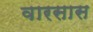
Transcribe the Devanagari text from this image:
वारसास